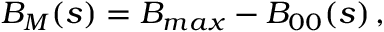
B _ { M } ( s ) = B _ { m a x } - B _ { 0 0 } ( s ) \, ,